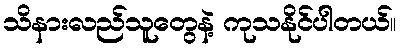
သိနားလည်သူတွေနဲ့ ကုသနိုင်ပါတယ်။